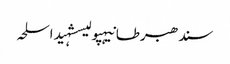
سندھبرطانیہپولیسشہیداسلحہ